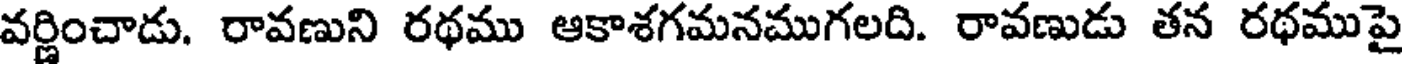
వర్ణించాడు. రావణుని రథము ఆకాశగమనముగలది. రావణుడు తన రథముపై